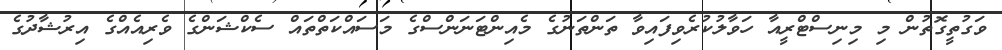
ވަގުތީގޮތުން މި މިނިސްޓްރީއާ ހަވާލުކުރެވިފައިވާ ތަންތަނުގެ މެއިންޓަނަންސްގެ މަސައްކަތްތައް ސެކްޝަންގެ ވެރިއެއްގެ އިރުޝާދުގެ